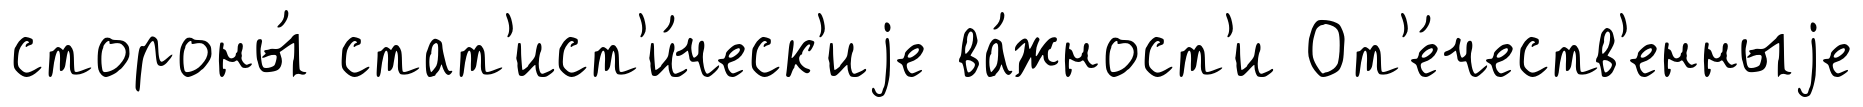
стороны́ стат'ист'и́ческ'иjе ва́жност'и От'е́честв'енныjе